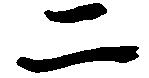
二